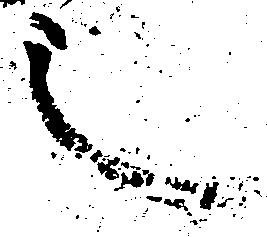
之